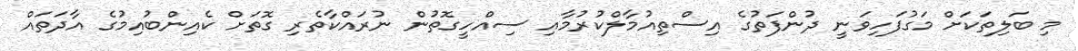
މި ބަލިތަކަށް މަގުފަހިވަނީ ދުންފަތުގެ އިސްތިއުމާލްކުރުމާއި ސިއްހީގޮތުން ނުރައްކާތެރި ގޮތަށް ކެއިންބުއިމުގެ އާދަތައް